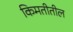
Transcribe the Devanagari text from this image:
किमतीतील